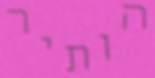
הותיר